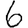
Digit: 6